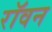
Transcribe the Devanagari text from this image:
रॉवन